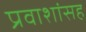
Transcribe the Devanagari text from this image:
प्रवाशांसह